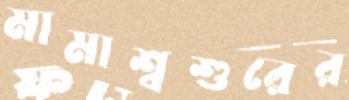
মামাশ্বশুরের